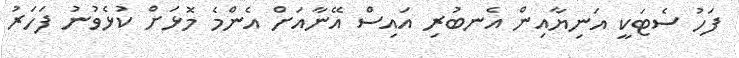
ފަހު ސެޓަކީ އަނިޔާއިން އެނބުރި އައިސް އޭނާއަށް އެންމެ މޮޅަށް ކުޅެވުނު ފަހަރު